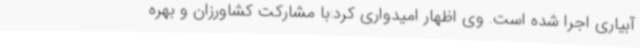
آبیاری اجرا شده است. وی اظهار امیدواری کرد:با مشارکت کشاورزان و بهره